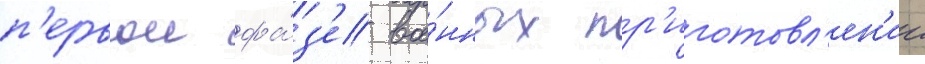
п'ервои фа́з'е вое́нных пр'иготовл'ен'ии